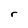
Character: r